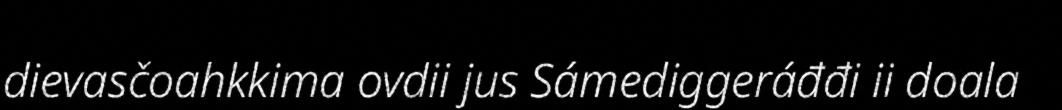
dievasčoahkkima ovdii jus Sámediggeráđđi ii doala